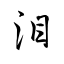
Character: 泪